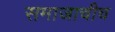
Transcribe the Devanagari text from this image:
समाजाचीच